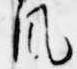
風